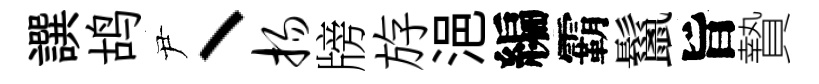
譔鸪尹丶扬牓斿浥編霸鬣旨贄